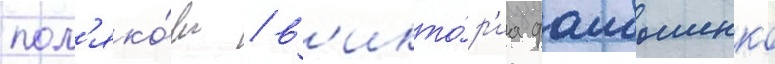
пол'яко́ва / в'икто́р'иа фаибышенко